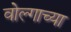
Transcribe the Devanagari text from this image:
वोल्गाच्या